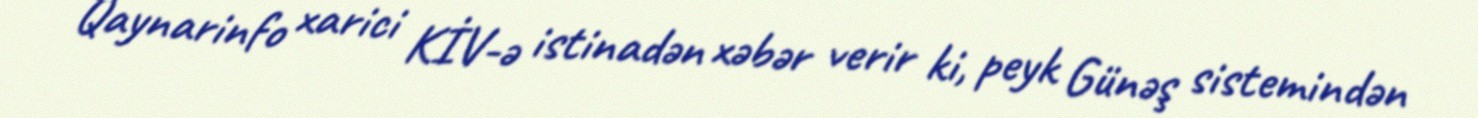
Qaynarinfo xarici KİV-ə istinadən xəbər verir ki, peyk Günəş sistemindən